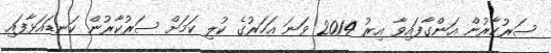
ސަރުކާރުން އަންގާފައިވާ އިރު 2014 ވަނަ އަހަރުގެ ކުލި ކަމަށް ސަރުކާރުން ކަނޑައަޅާފައި